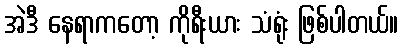
အဲဒီ နေရာကတော့ ကိုရီးယား သံရုံး ဖြစ်ပါတယ်။